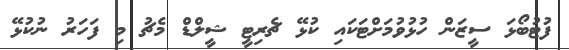
ފުޓުބޯޅަ ސީޒަން ހުޅުވުމަށްޓަކައި ކުޅޭ ޗެރިޓީ ޝީލްޑް މެޗު މި ފަހަރު ނުކުޅޭ